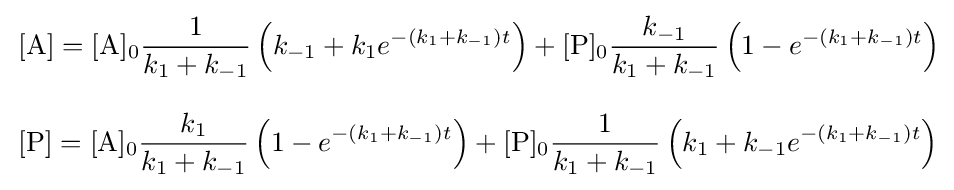
{\begin{aligned}&\left[{\ce {A}}\right]={\ce {[A]0}}{\frac {1}{k_{1}+k_{-1}}}\left(k_{-1}+k_{1}e^{-\left(k_{1}+k_{-1}\right)t}\right)+{\ce {[P]0}}{\frac {k_{-1}}{k_{1}+k_{-1}}}\left(1-e^{-\left(k_{1}+k_{-1}\right)t}\right)\\[8pt]&\left[{\ce {P}}\right]={\ce {[A]0}}{\frac {k_{1}}{k_{1}+k_{-1}}}\left(1-e^{-\left(k_{1}+k_{-1}\right)t}\right)+{\ce {[P]0}}{\frac {1}{k_{1}+k_{-1}}}\left(k_{1}+k_{-1}e^{-\left(k_{1}+k_{-1}\right)t}\right)\end{aligned}}